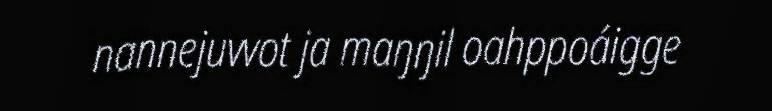
nannejuvvot ja maŋŋil oahppoáigge